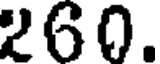
260.